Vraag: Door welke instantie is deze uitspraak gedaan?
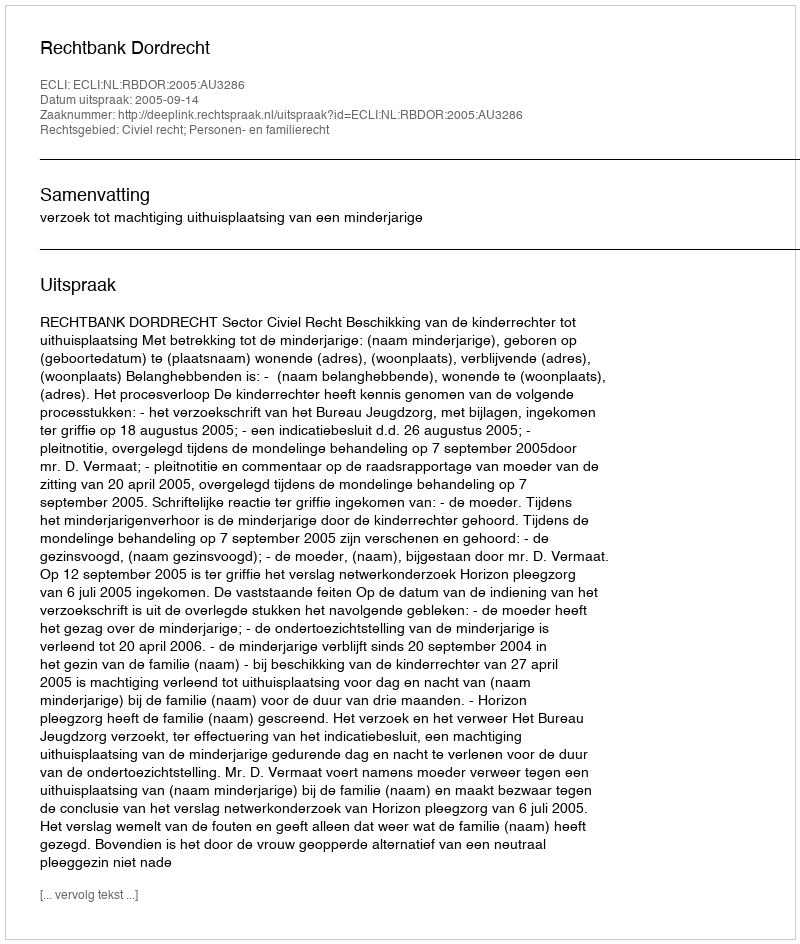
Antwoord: Rechtbank Dordrecht